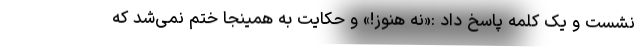
نشست و یک کلمه پاسخ داد :«نه هنوز!» و حکایت به همینجا ختم نمی‌شد که